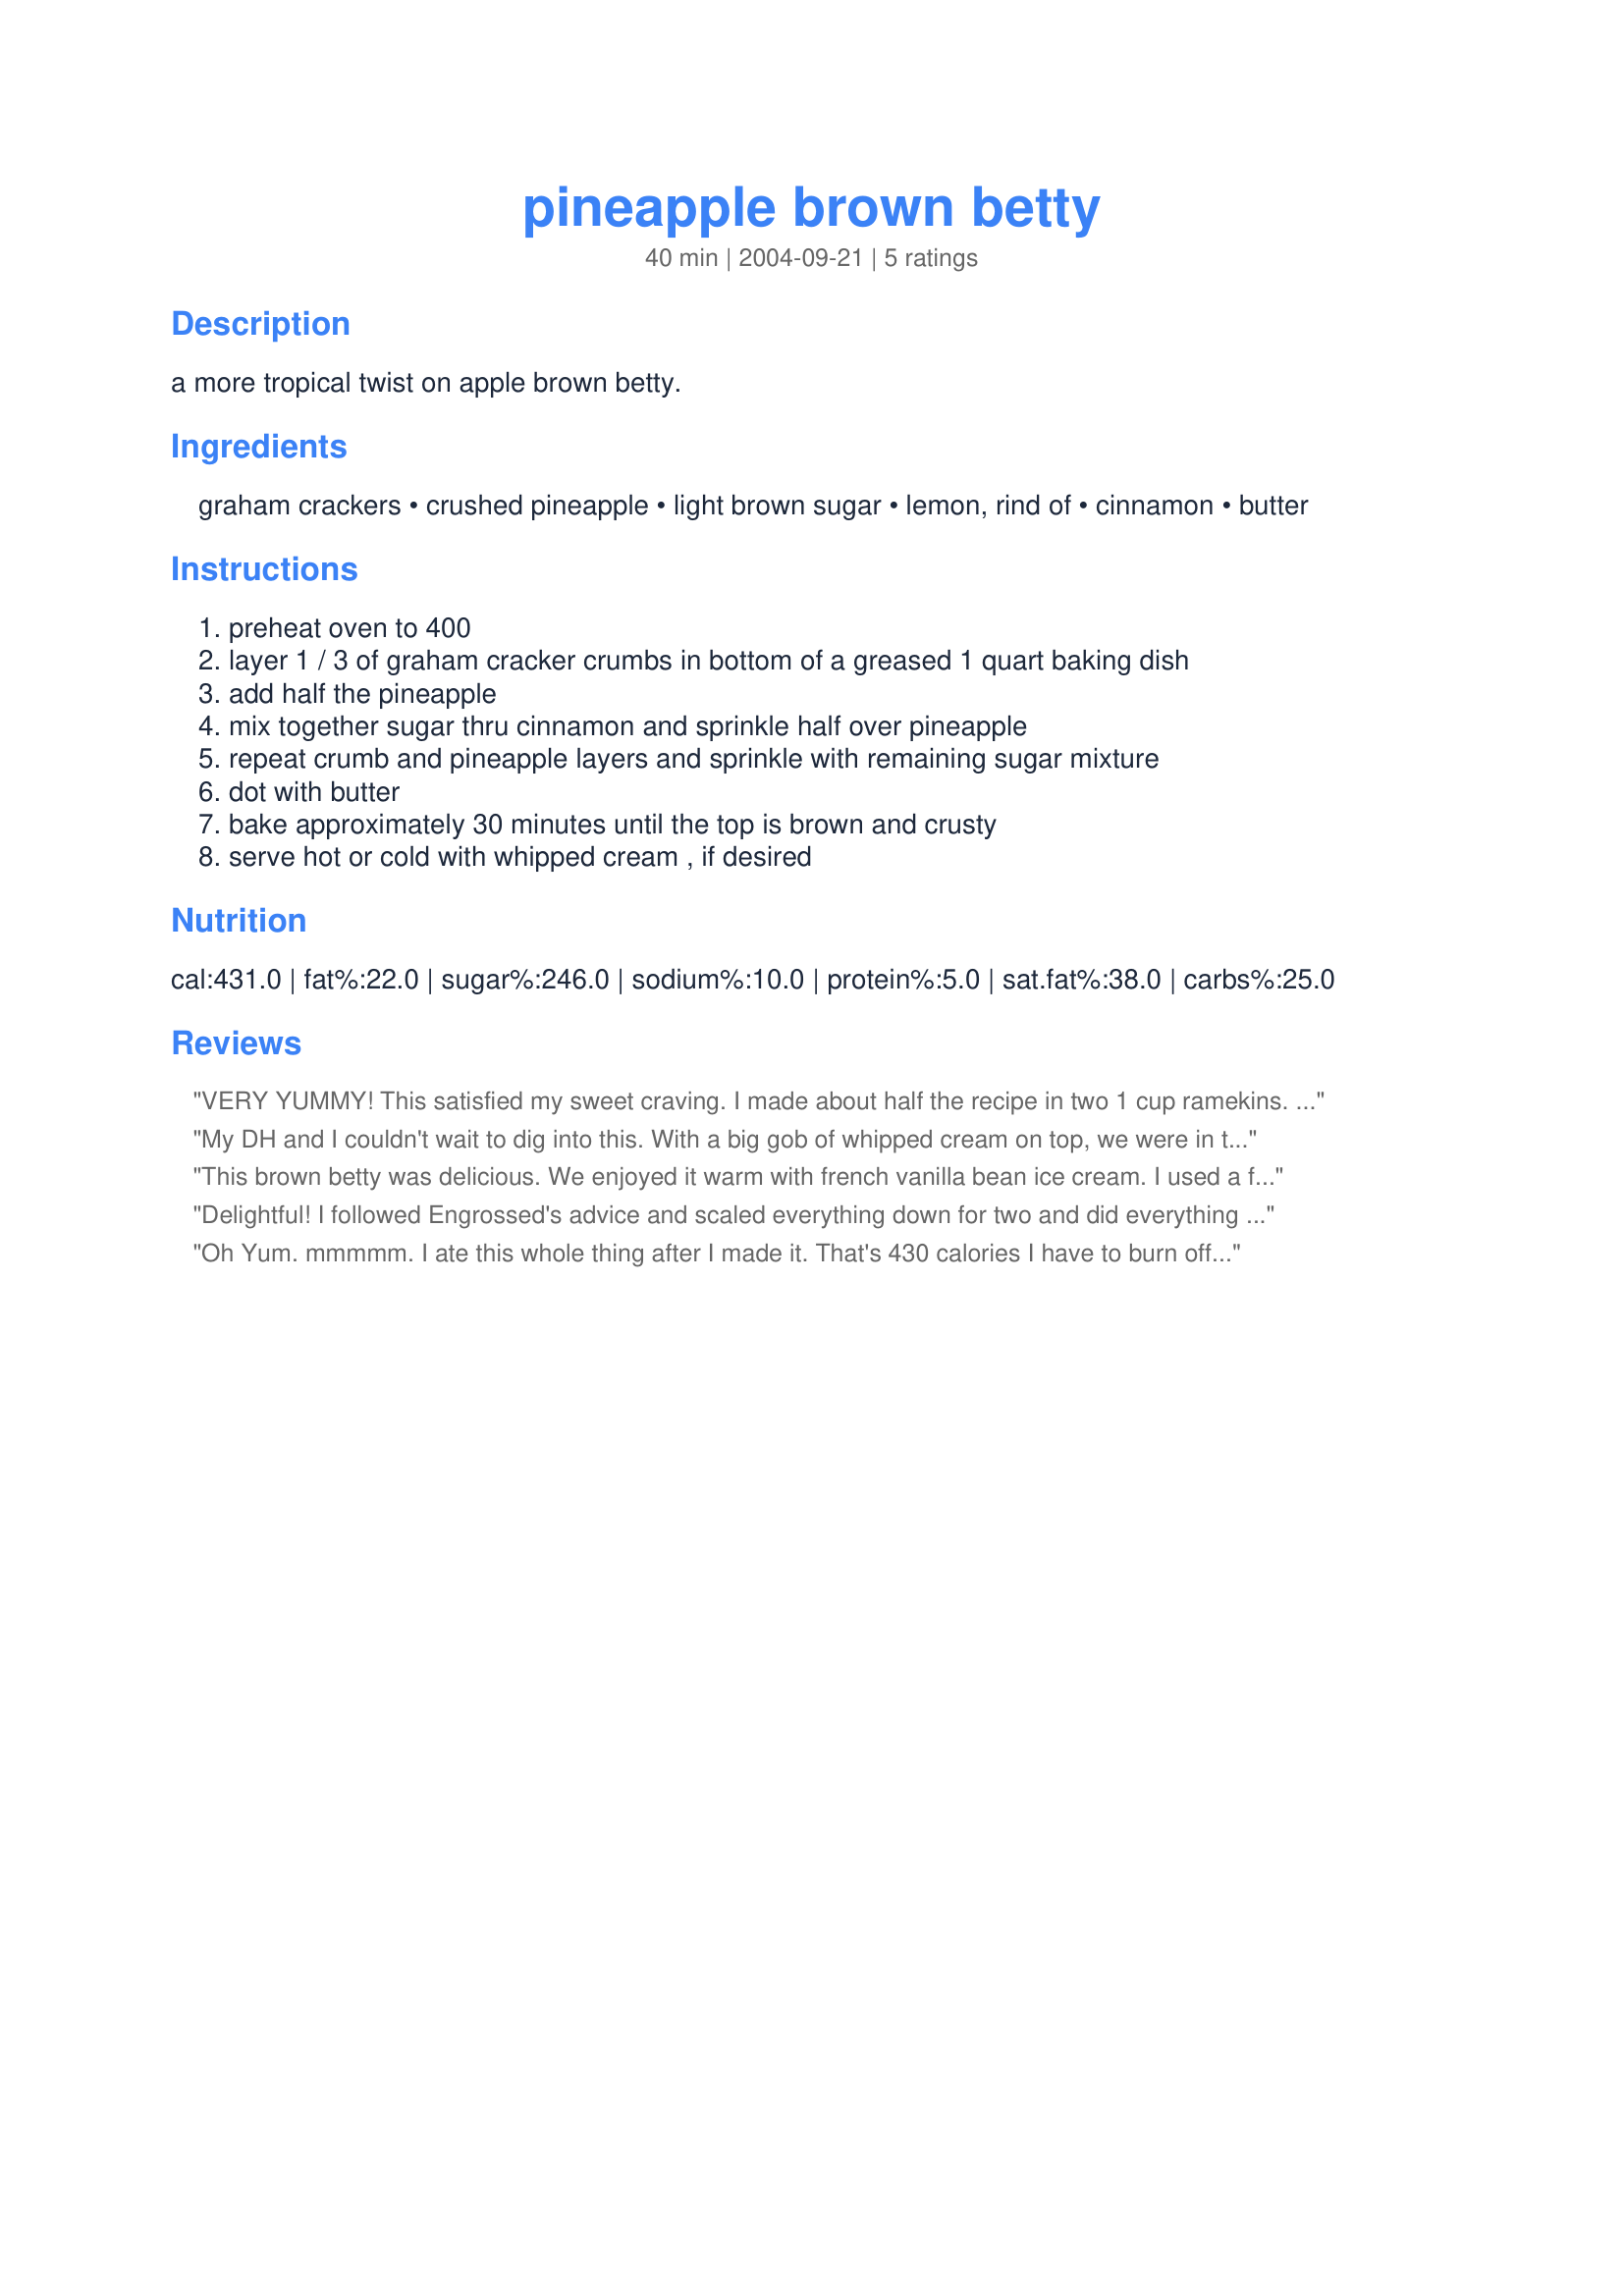
pineapple brown betty
Preparation time: 40 minutes

a more tropical twist on apple brown betty.

Ingredients:
graham crackers, crushed pineapple, light brown sugar, lemon, rind of, cinnamon, butter

Steps:
preheat oven to 400, layer 1 / 3 of graham cracker crumbs in bottom of a greased 1 quart baking dish, add half the pineapple, mix together sugar thru cinnamon and sprinkle half over pineapple, repeat crumb and pineapple layers and sprinkle with remaining sugar mixture, dot with butter, bake approximately 30 minutes until the top is brown and crusty, serve hot or cold with whipped cream , if desired

Reviews:
VERY YUMMY! This satisfied my sweet craving. I made about half the recipe in two 1 cup ramekins. I probably used less graham crackers and only used one 8oz can of crushed pineapple. I forgot to grease the ramekins but it turned out fine. They baked for 20 minutes. This was soooo good warm with whipped cream! Made for 1-2-3 hit wonders.
My DH and I couldn't wait to dig into this. With a big gob of whipped cream on top, we were in total bliss with each mouthful! DH had to take the leftovers into work for lunchtime dessert he loved it so much! I might try adding some crushed walnuts next time around.
This brown betty was delicious. We enjoyed it warm with french vanilla bean ice cream. I used a fresh pineapple, we really loved the blending of flavours. Thanks for sharing this great recipe Echo.
Delightful! I followed Engrossed's advice and scaled everything down for two and did everything in a ramikin. I used cinnamon graham crackers because that's what I had on hand. I also added some coconut and walnuts to boost the tropical flavor. Easy and delicious, and I had everything in my pantry already!
Oh Yum. mmmmm. I ate this whole thing after I made it. That's 430 calories I have to burn off tomorrow. One piece and you will be addicted! I highly suggest everyone make this. Bring it to church bake sales (but be sure to make several batches- because they will be very popular) Fabulous recipe eebrag. Thank you for sharing.
